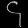
Digit: ၄